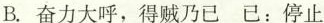
B.奋力大呼，得贼乃\underset{·}{已 }已：停止